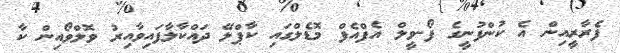
ފެރާރީއިން އެ ކުންފުނީގެ ފޯ-ވީލް އެފްއެފް މޮޑެލްގައި ކާޕްލޭ ދައްކާލާފައިވާއިރު ވޮލްވޯއިން ކާ